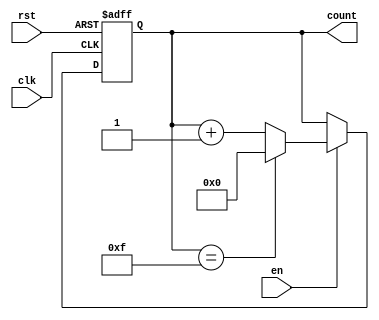
module progcnt #(
parameter N = 4, // default 4-bit counter
parameter MAX = 15 // max value for counter
)
(clk, rst, en, count);

input clk;              
input rst;              
input en;              
output reg [N-1:0] count;

always @(posedge clk, posedge rst)
if (rst) begin
    count <= 0;
end else begin
    if (en) begin
        if (count == MAX)
            count <= 0;
        else
            count <= count + 1; // increment by 1
        end
end
endmodule